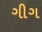
ગીગ